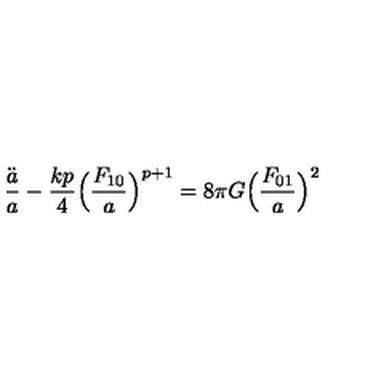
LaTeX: \frac { \ddot { a } } { a } - \frac { k p } { 4 } \Bigl ( \frac { F _ { 1 0 } } { a } \Bigr ) ^ { p + 1 } = 8 \pi G \Bigl ( \frac { F _ { 0 1 } } { a } \Bigr ) ^ { 2 }